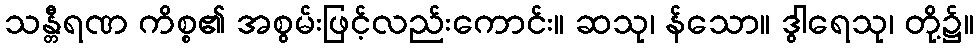
သန္တီရဏ ကိစ္စ၏ အစွမ်းဖြင့်လည်းကောင်း။ ဆသု၊ န်သော။ ဒွါရေသု၊ တို့၌။